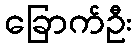
ခြောက်ဦး